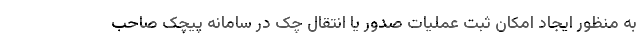
به منظور ایجاد امکان ثبت عملیات صدور یا انتقال چک در سامانه پیچک صاحب